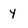
Character: y